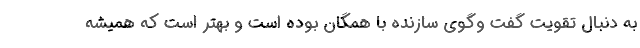
به دنبال تقویت گفت وگوی سازنده با همگان بوده است و بهتر است که همیشه